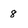
Character: 8